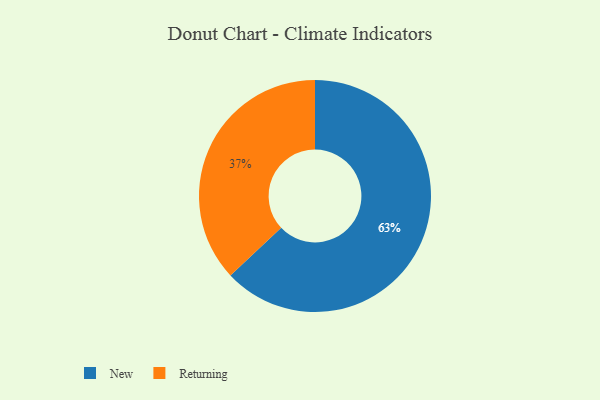
{"axis": {"x": "Category", "y": "Percentage"}, "legend": ["New", "Returning"], "data": [{"x": "Returning", "y": 37, "type": "Returning"}, {"x": "New", "y": 63, "type": "New"}]}